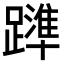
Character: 𨆒